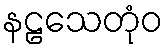
နဠသေတုံဝ